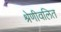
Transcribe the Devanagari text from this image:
श्रेणीवलित